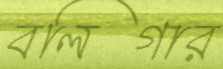
বলিগার